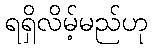
ရရှိလိမ့်မည်ဟု